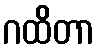
ဂထိတာ